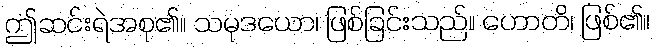
ဤဆင်းရဲအစု၏။ သမုဒယော၊ ဖြစ်ခြင်းသည်။ ဟောတိ၊ ဖြစ်၏။